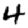
Digit: 4